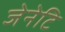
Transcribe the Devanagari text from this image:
जेनेटि